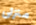
منزلى